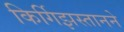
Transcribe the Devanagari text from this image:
किर्गिझस्तानने